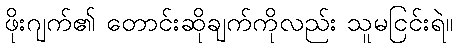
ဖိုးဂျက်၏ တောင်းဆိုချက်ကိုလည်း သူမငြင်းရဲ။